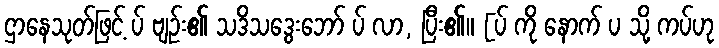
ဌာနေသုတ်ဖြင့် ပ် ဗျဉ်း၏ သဒိသဒွေးဘော် ပ် လာ, ပြီး၏။ [ပ် ကို နောက် ပ သို့ ကပ်ဟု